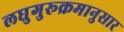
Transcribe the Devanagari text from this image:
लघुगुरूक्रमानुसार